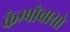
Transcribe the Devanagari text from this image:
केम्पोबासो